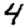
Digit: 4